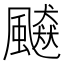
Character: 飇